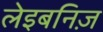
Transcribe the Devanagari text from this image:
लेइबनिज़